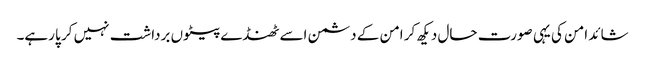
شائد امن کی یہی صورت حال دیکھ کر امن کے دشمن اسے ٹھنڈے پیٹوں برداشت نہیں کر پا رہے۔